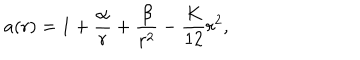
LaTeX: a ( r ) = 1 + \frac { \alpha } { r } + \frac { \beta } { r ^ { 2 } } - \frac { K } { 1 2 } r ^ { 2 } ,